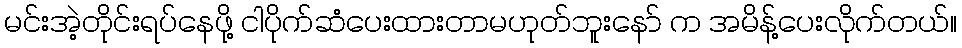
မင်းအဲ့တိုင်းရပ်နေဖို့ ငါပိုက်ဆံပေးထားတာမဟုတ်ဘူးနော် က အမိန့်ပေးလိုက်တယ်။